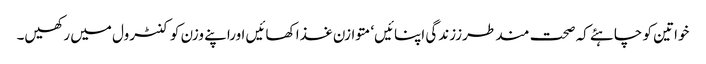
خواتین کو چاہئے کہ صحت مند طرززندگی اپنائیں‘ متوازن غذا کھائیں اوراپنے وزن کو کنٹرول میں رکھیں۔